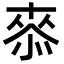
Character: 𭝠